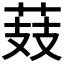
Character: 𦲔